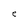
Character: e